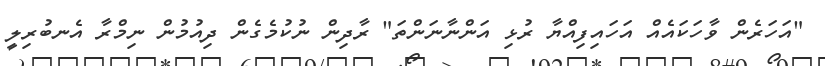
"އަހަރެން ވާހަކައެއް އަހައިފިއްޔާ ރުޅި އަންނާނަންތަ" ރާދިން ނުކުމެގެން ދިއުމުން ނިމްރާ އެނބުރިލީ